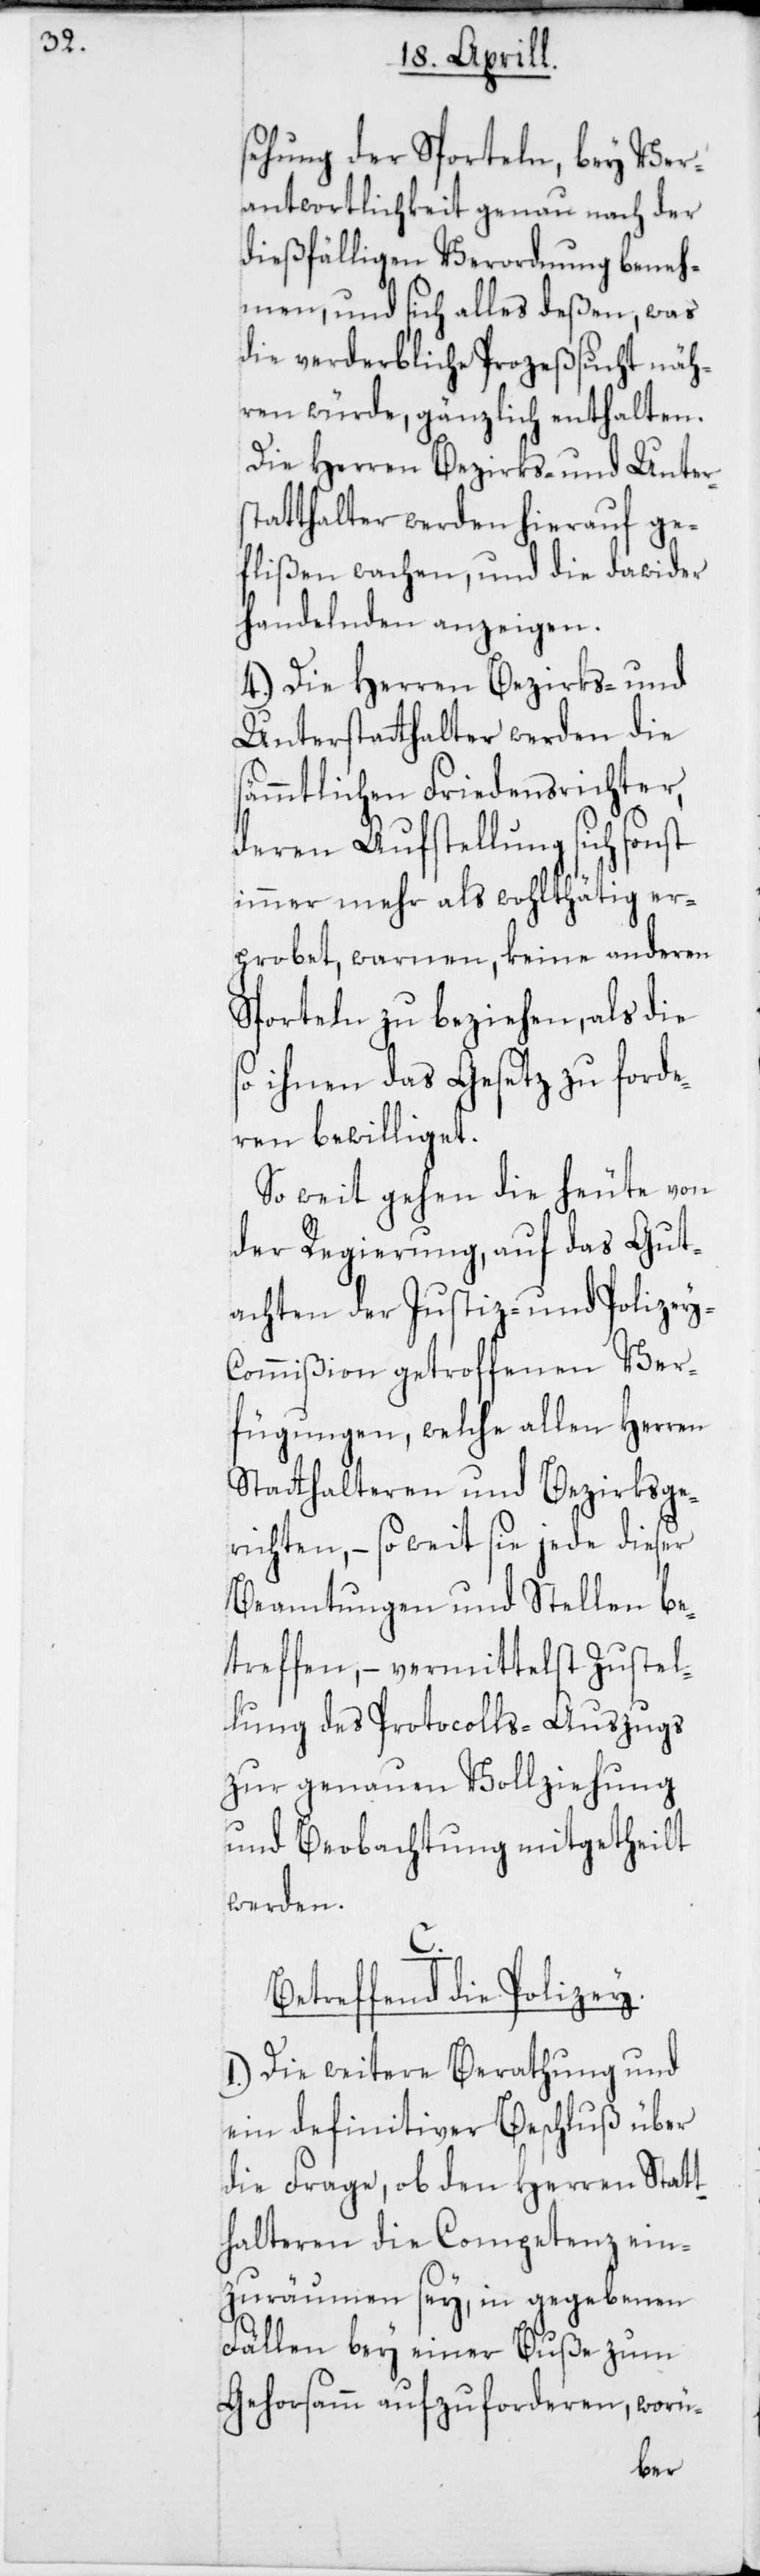
sehung der Sporteln, bey Ver¬
antwortlichkeit genau nach der
dießfälligen Verordnung beneh¬
men, und sich alles deßen, was
die verderbliche Prozeßsucht näh¬
ren würde, gänzlich enthalten.
Die Herren Bezirks- und Unters¬
tatthalter werden hierauf ge¬
flißen wachen, und die dawider
Handelnden anzeigen.
4.) Die Herren Bezirks- und
Unterstatthalter werden die
sämmtlichen Friedensrichter,
deren Aufstellung sich sonst
immer mehr als wohlthätig er¬
probet, warnen, keine anderen
Sporteln zu beziehen, als die
ihnen das Gesetz zu forde¬
ren bewilliget.
So weit gehen die heute von
der Regierung, auf das Gut¬
achten der Justiz- und Polizey-C¬
ommißion getroffenen Ver¬
fügungen, welche allen Herren
Stathalteren und Bezirksge¬
richten, – so weit sie jede dieser
Beamtungen und Stellen be¬
treffen, – vermittelst Zustel¬
lung des Protocolls-Auszugs
zur genauen Vollziehung
und Beobachtung mitgetheilt
werden.
C.
Betreffend die Polizey.
1.) Die weitere Berathung und
ein definitiver Beschluß über
die Frage, ob den Herren Statt¬
halteren die Competenz ein¬
zuräumen sey, in gegebenen
Fällen bey einer Buße zum
Gehorsam aufzuforderen, worü-